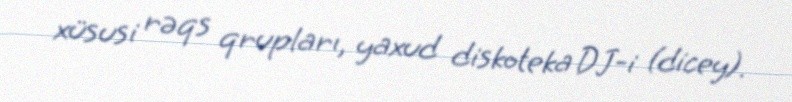
xüsusi rəqs qrupları, yaxud diskoteka DJ-i (dicey).